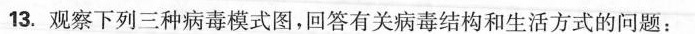
13.观察下列三种病毒模式图，回答有关病毒结构和生活方式的问题：